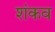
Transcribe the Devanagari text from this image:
शंकव